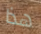
هذا